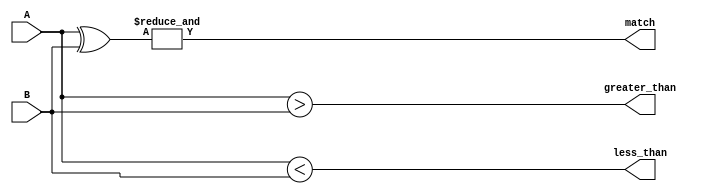
module comparator(
    input [3:0] A,
    input [3:0] B,
    output match,
    output greater_than,
    output less_than
);

wire [3:0] equal_bits;
wire all_equal;
wire [3:0] A_greater_than_B;
wire [3:0] A_less_than_B;

assign equal_bits = A ^ B;
assign all_equal = &equal_bits;
assign A_greater_than_B = (A > B);
assign A_less_than_B = (A < B);

assign match = all_equal;
assign greater_than = |A_greater_than_B;
assign less_than = |A_less_than_B;

endmodule